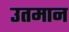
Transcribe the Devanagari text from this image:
उतमान